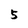
Character: 5